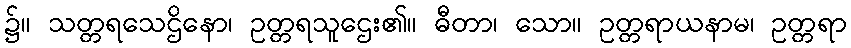
၌။ သတ္တရသေဌိနော၊ ဥတ္တရသူဌေး၏။ ဓီတာ၊ သော။ ဥတ္တရာယနာမ၊ ဥတ္တရာ